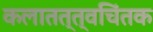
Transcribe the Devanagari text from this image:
कलातत्त्वचिंतक